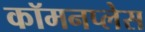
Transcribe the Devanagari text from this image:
कॉमनप्लेस